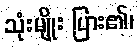
သုံးမျိုး ပြား၏၊